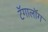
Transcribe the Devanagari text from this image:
टॅगालॉग